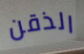
الذقن